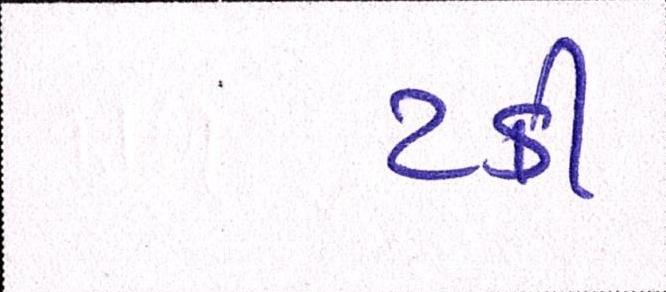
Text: ટકી